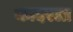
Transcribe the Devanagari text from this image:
कादरला